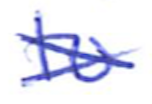
Text: to
Cross-out: cross
Writing tool: ballpoint